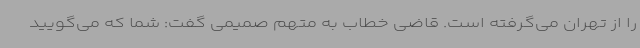
را از تهران می‌گرفته است. قاضی خطاب به متهم صمیمی گفت: شما که می‌گویید